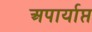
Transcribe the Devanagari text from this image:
अपार्याप्त